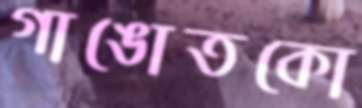
গাঙোতকো